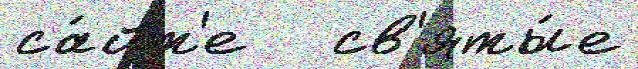
са́йт'е   св'яты́е